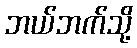
ဘယ်ဘက်သို့